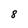
Character: 8